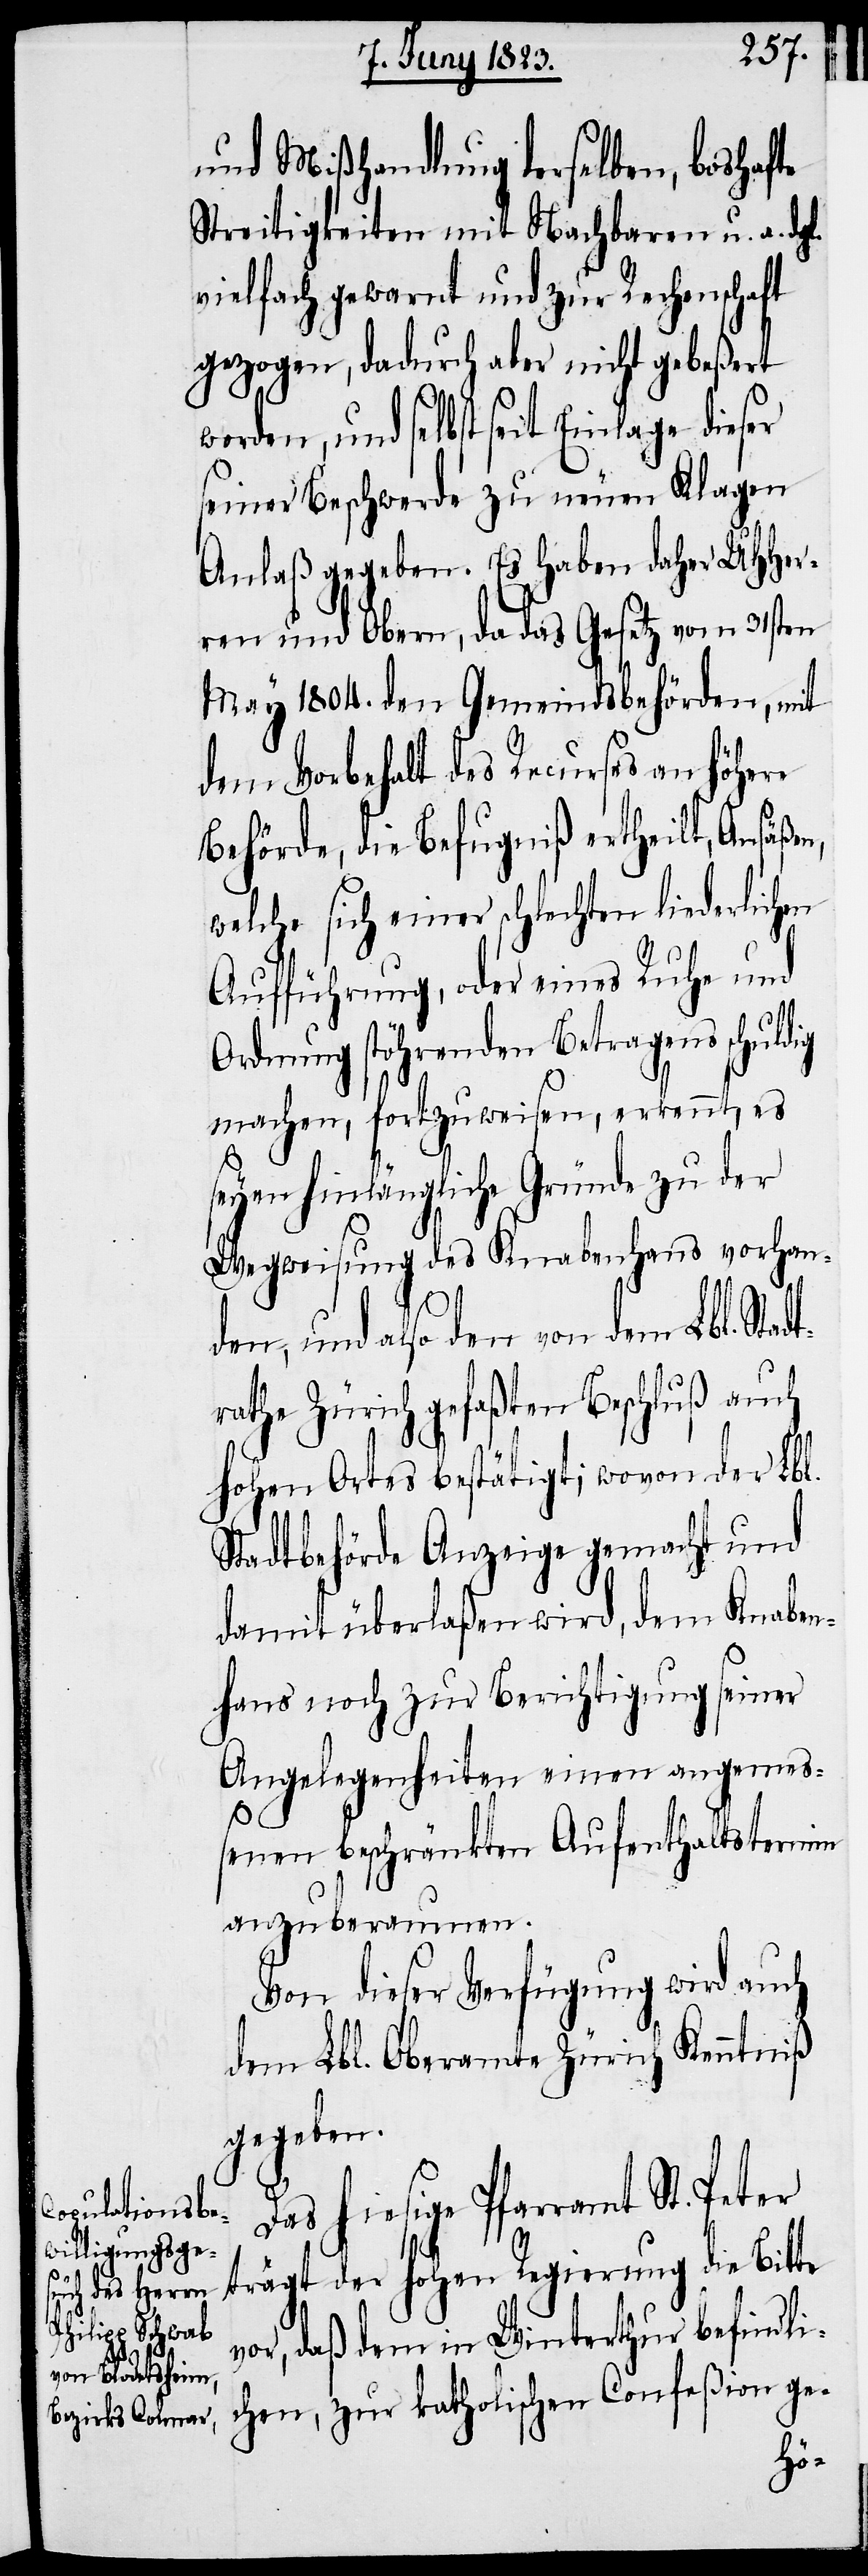
und Mißhandlung derselben, boshafte
Streitigkeiten mit Nachbaren u. a. dgl.
vielfach gewarnt und zur Rechenschaft
gezogen, dadurch aber nicht gebeßert
worden, und selbst seit Einlage dieser
seiner Beschwerde zu neuen Klagen
Anlaß gegeben. Es haben daher UHHer¬
ren und Obern, da das Gesetz vom 31sten
May 1804. den Gemeindsbehörden, mit
dem Vorbehalt des Recurses an höhere
Behörde, die Befugniß ertheilt, Ansäße¬
welche sich einer schlechten liederlichen
Aufführung, oder eines Ruhe und
Ordnung stöhrenden Betragens schuldig
machen, fortzuweisen, erkennt, es
seyen hinlängliche Gründe zu der
Wegweisung des Knabenhans vorhan¬
n,
den, und also den von dem Lbl. Stadt¬
rathe Zürich gefaßten Beschluß auch
hohen Ortes bestätigt; wovon der Lbl.
Stadtbehörde Anzeige gemacht und
damit überlaßen wird, dem Knaben¬
hans noch zur Berichtigung seiner
Angelegenheiten einen angeme¬
ßenen beschränkten Aufenthaltstermin
anzuberaumen.
Von dieser Verfügung wird auch
dem Lbl. Oberamte Zürich Kenntniß
gegeben.
Das hiesige Pfarramt St. Peter
Confeßion ge-
trägt der hohen Regierung die Bitte
vor, daß dem in Winterthur befindli¬
chen,